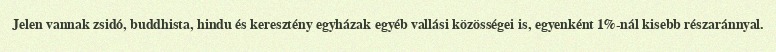
Jelen vannak zsidó, buddhista, hindu és keresztény egyházak egyéb vallási közösségei is, egyenként 1%-nál kisebb részaránnyal.